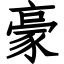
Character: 豪